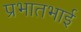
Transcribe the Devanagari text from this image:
प्रभातभाई